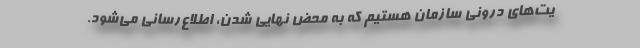
یت‌های درونی سازمان هستیم که به محض نهایی شدن، اطلاع‌رسانی می‌شود.